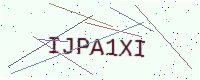
Text: IJPA1XI